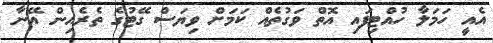
އެއީ ހަމަލާ ހުއްޓިފައި އޮތް ވަގުތެއް ކަމަށް ވިޔަސް ގޭޓުގެ ތެރެއިން އޭނާ